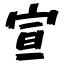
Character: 宣